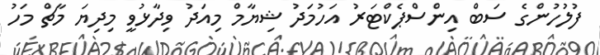
ފުލުހުންގެ ސަބް އިންސްޕެކްޓަރު އަހުމަދު ޝިޔާމް މިއަދު ވިދާޅުވީ މިދިޔަ މާޗް މަހު